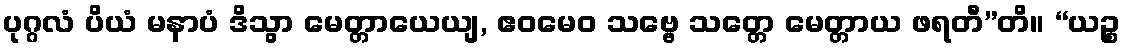
ပုဂ္ဂလံ ပိယံ မနာပံ ဒိသွာ မေတ္တာယေယျ, ဧဝမေဝ သဗ္ဗေ သတ္တေ မေတ္တာယ ဖရတီ”တိ။ “ယဉ္စ